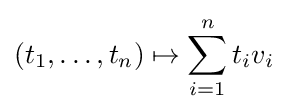
(t_{1},\ldots ,t_{n})\mapsto \sum _{i=1}^{n}t_{i}v_{i}